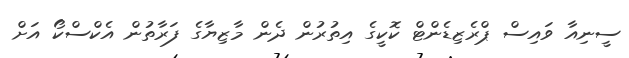
ސީނިއާ ވައިސް ޕްރެޒިޑެންޓް ކޮކީގެ އިތުރުން ދެން މާޒިޔާގެ ފަރާތުން އެކްސްކޯ އަށް